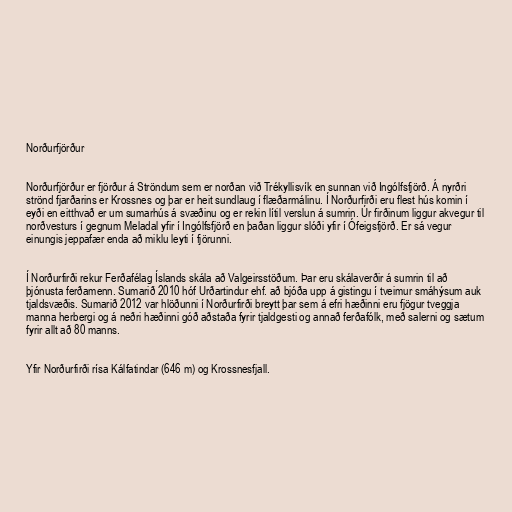
Norðurfjörður

Norðurfjörður er fjörður á Ströndum sem er norðan við Trékyllisvík en sunnan við Ingólfsfjörð. Á nyrðri
strönd fjarðarins er Krossnes og þar er heit sundlaug í flæðarmálinu. Í Norðurfirði eru flest hús komin í
eyði en eitthvað er um sumarhús á svæðinu og er rekin lítil verslun á sumrin. Úr firðinum liggur akvegur til
norðvesturs í gegnum Meladal yfir í Ingólfsfjörð en þaðan liggur slóði yfir í Ófeigsfjörð. Er sá vegur
einungis jeppafær enda að miklu leyti í fjörunni.

Í Norðurfirði rekur Ferðafélag Íslands skála að Valgeirsstöðum. Þar eru skálaverðir á sumrin til að
þjónusta ferðamenn. Sumarið 2010 hóf Urðartindur ehf. að bjóða upp á gistingu í tveimur smáhýsum auk
tjaldsvæðis. Sumarið 2012 var hlöðunni í Norðurfirði breytt þar sem á efri hæðinni eru fjögur tveggja
manna herbergi og á neðri hæðinni góð aðstaða fyrir tjaldgesti og annað ferðafólk, með salerni og sætum
fyrir allt að 80 manns.

Yfir Norðurfirði rísa Kálfatindar (646 m) og Krossnesfjall.